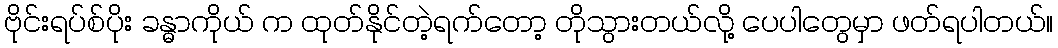
ဗိုင်းရပ်စ်ပိုး ခန္ဓာကိုယ် က ထုတ်နိုင်တဲ့ရက်တော့ တိုသွားတယ်လို့ ပေပါတွေမှာ ဖတ်ရပါတယ်။